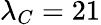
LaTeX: \lambda_{C}=21